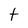
Character: t